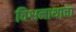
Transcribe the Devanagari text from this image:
विश्वनाथाचा